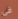
فى